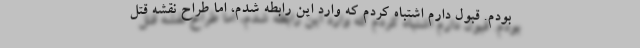
بودم. قبول دارم اشتباه کردم که وارد این رابطه شدم، اما طراح نقشه قتل